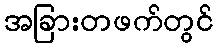
အခြားတဖက်တွင်